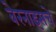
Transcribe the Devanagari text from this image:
बेरनाइसचे